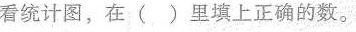
]看统计图，在()里填上正确的数。